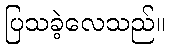
ပြသခဲ့လေသည်။